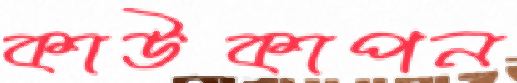
কাউকাপন